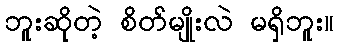
ဘူးဆိုတဲ့ စိတ်မျိုးလဲ မရှိဘူး။